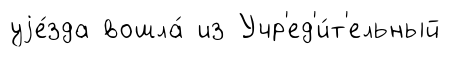
уjе́зда вошла́ из Учр'ед'и́т'ельный